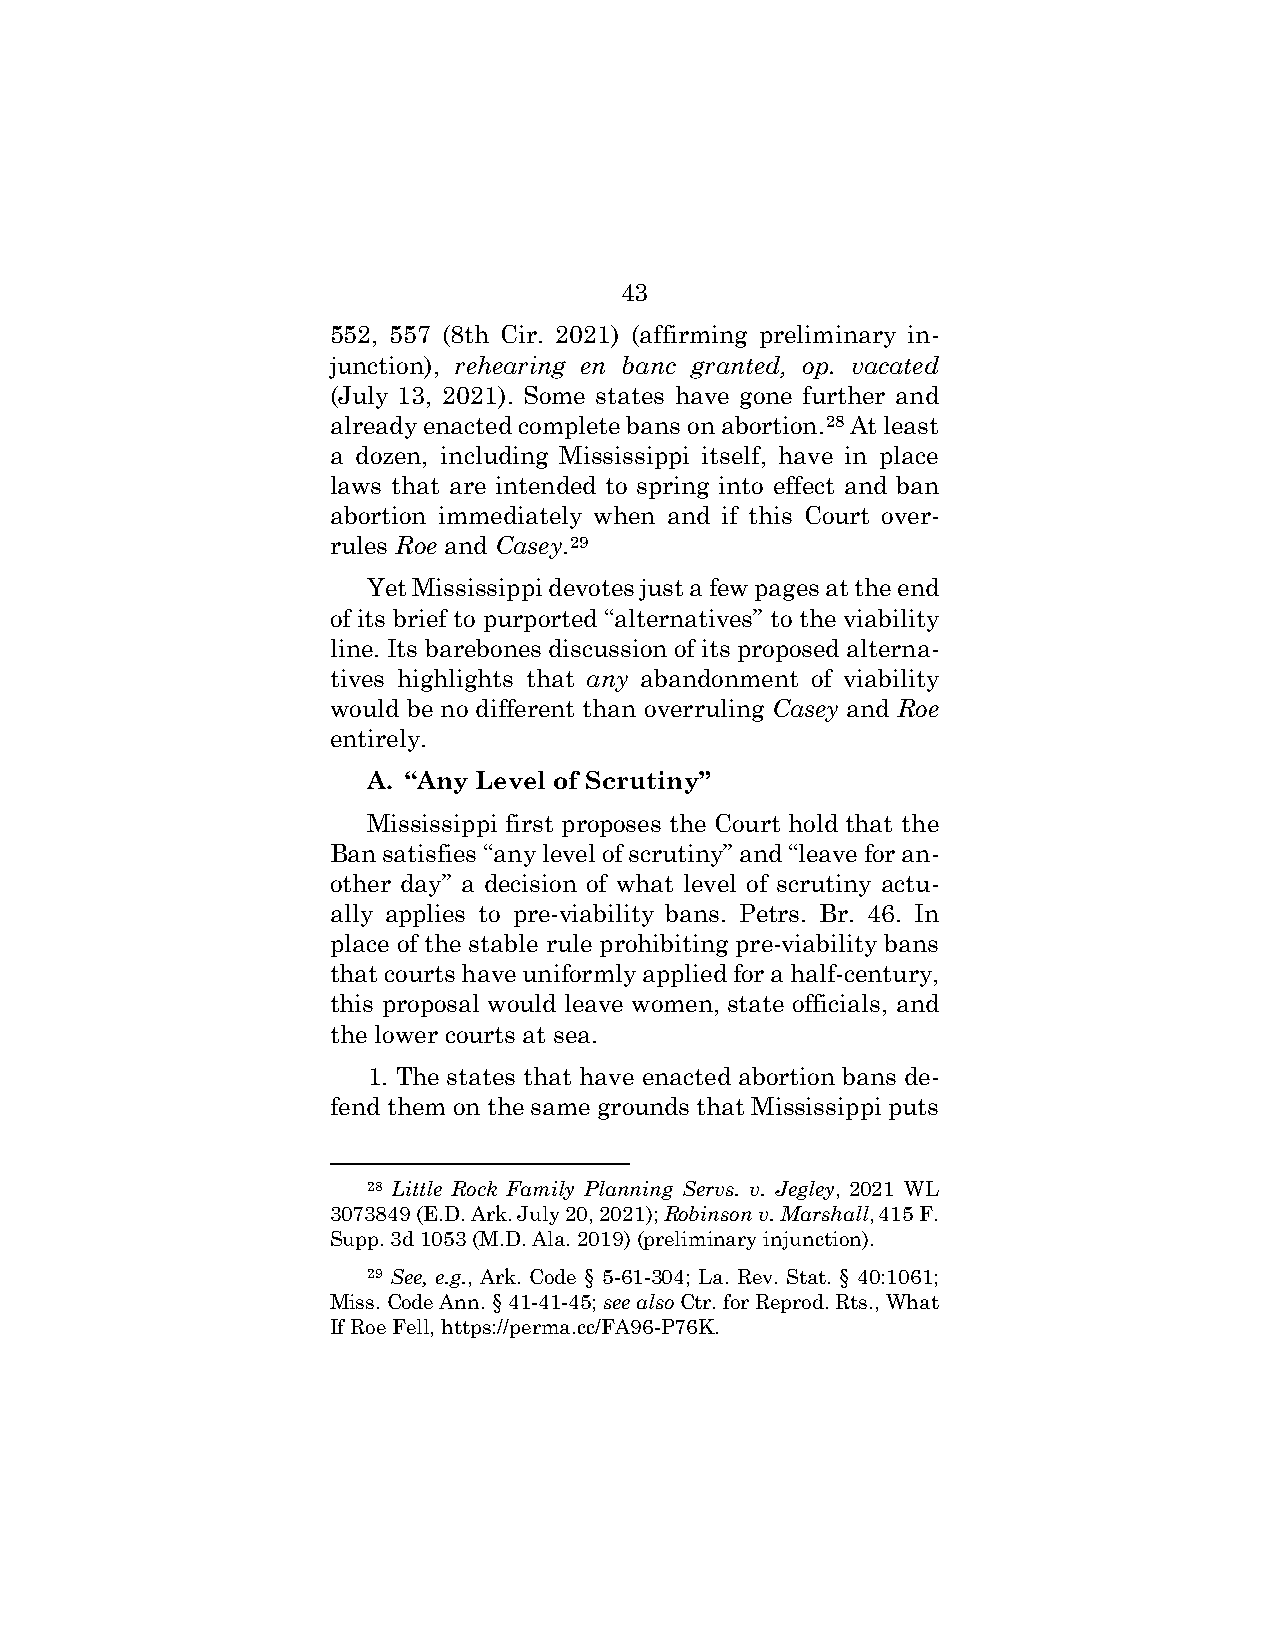
43
 552, 557 (8th Cir. 2021) (affirming preliminary in-
 junction), rehearing en banc granted, op. vacated
 (July 13, 2021). Some states have gone further and
 already enacted complete bans on abortion.28 At least
 a dozen, including Mississippi itself, have in place
 laws that are intended to spring into effect and ban
 abortion immediately when and if this Court over-
 rules Roe and Casey.29
 Yet Mississippi devotes just a few pages at the end
 of its brief to purported “alternatives” to the viability
 line. Its barebones discussion of its proposed alterna-
 tives highlights that any abandonment of viability
 would be no different than overruling Casey and Roe
 entirely.
 A. “Any Level of Scrutiny”
 Mississippi first proposes the Court hold that the
 Ban satisfies “any level of scrutiny” and “leave for an-
 other day” a decision of what level of scrutiny actu-
 ally applies to pre-viability bans. Petrs. Br. 46. In
 place of the stable rule prohibiting pre-viability bans
 that courts have uniformly applied for a half-century,
 this proposal would leave women, state officials, and
 the lower courts at sea.
 1. The states that have enacted abortion bans de-
 fend them on the same grounds that Mississippi puts
 28 Little Rock Family Planning Servs. v. Jegley, 2021 WL
 3073849 (E.D. Ark. July 20, 2021); Robinson v. Marshall, 415 F.
 Supp. 3d 1053 (M.D. Ala. 2019) (preliminary injunction).
 29 See, e.g., Ark. Code § 5-61-304; La. Rev. Stat. § 40:1061;
 Miss. Code Ann. § 41-41-45; see also Ctr. for Reprod. Rts., What
 If Roe Fell, https://perma.cc/FA96-P76K.